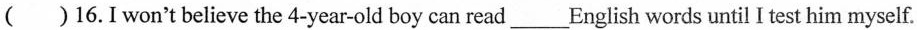
()16. I won't believe the 4-year-old boy can read___English words until I test him myself.